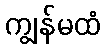
ကျွန်မထံ